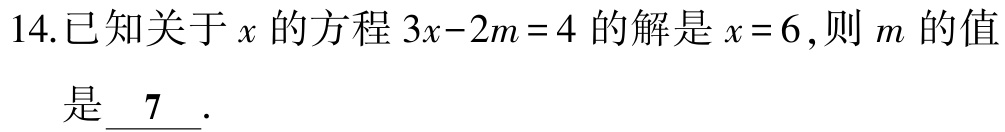
14.已知关于\(x\)的方程\(3x - 2m = 4\)的解是\(x = 6\),则\(m\)的值是 \(\underline{7}\).